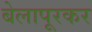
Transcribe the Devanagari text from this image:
बेलापूरकर